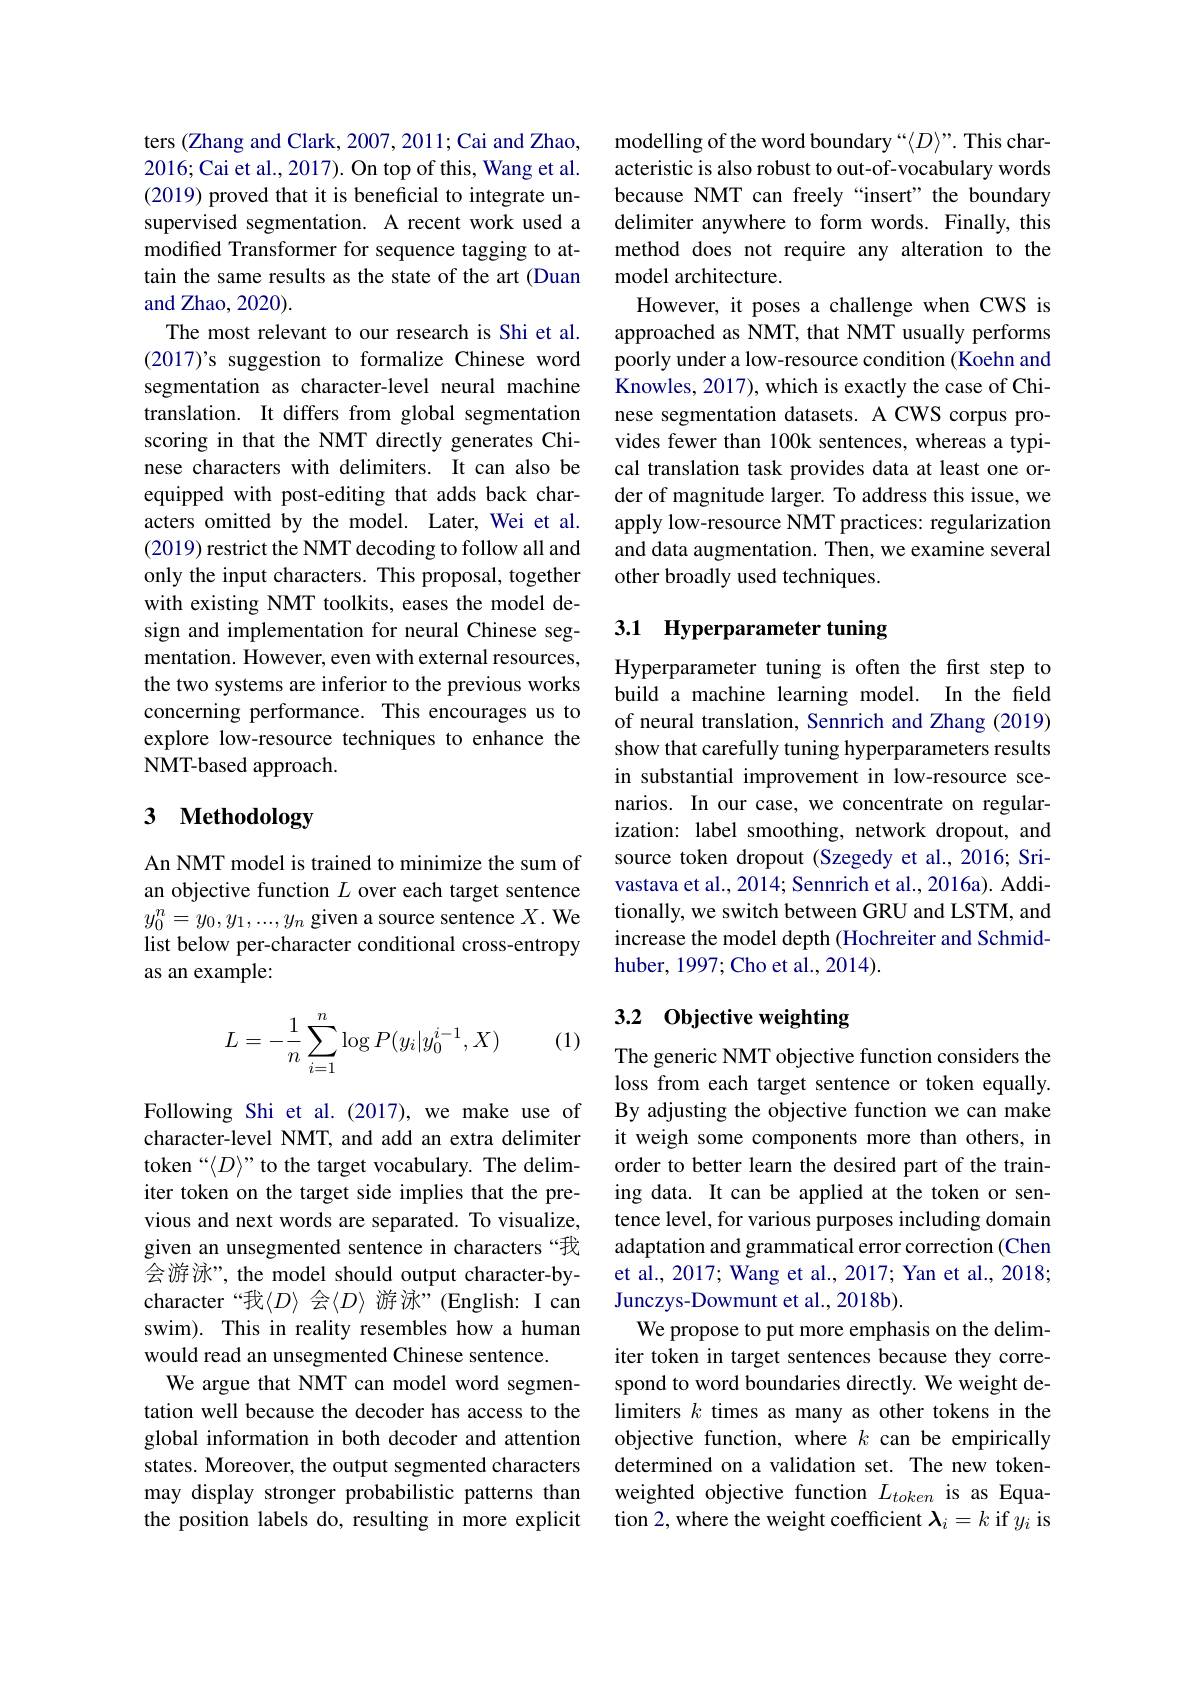
ters (Zhang and Clark, 2007, 2011; Cai and Zhao, 2016; Cai et al., 2017). On top of this, Wang et al. (2019) proved that it is beneficial to integrate unsupervised segmentation. A recent work used a modified Transformer for sequence tagging to attain the same results as the state of the art (Duan and Zhao, 2020).
The most relevant to our research is Shi et al. (2017)'s suggestion to formalize Chinese word segmentation as character-level neural machine translation. It differs from global segmentation scoring in that the NMT directly generates Chinese characters with delimiters. It can also be equipped with post-editing that adds back characters omitted by the model. Later, Wei et al. (2019) restrict the NMT decoding to follow all and only the input characters. This proposal, together with existing NMT toolkits, eases the model design and implementation for neural Chinese segmentation. However, even with external resources, the two systems are inferior to the previous works concerning performance. This encourages us to explore low-resource techniques to enhance the NMT-based approach.

# 3 Methodology

An NMT model is trained to minimize the sum of an objective function $L$ over each target sentence $y_0^n=y_0,y_1,...,y_n$ given a source sentence $X.$ We list below per-character conditional cross-entropy as an example:

(1)
$$\begin{aligned}L=-\frac{1}{n}\sum_{i=1}^{n}\log P(y_i|y_0^{i-1},X)\end{aligned}$$
Following Shi et al.(2017), we make use of character-level NMT, and add an extra delimiter $token“\langle D\rangle” to the target vocabulary. The delim-$ iter token on the target side implies that the previous and next words are separated. To visualize, given an unsegmented sentence in characters“我会游泳”, the model should output character-bycharacter“我$\langle D\rangle$ 会$\langle D\rangle$ 游泳”(English: I can swim). This in reality resembles how a human would read an unsegmented Chinese sentence.
We argue that NMT can model word segmentation well because the decoder has access to the global information in both decoder and attention states. Moreover, the output segmented characters may display stronger probabilistic patterns than the position labels do, resulting in more explicit

modelling of the word boundary “$\langle D\rangle^{”}.$ This characteristic is also robust to out-of-vocabulary words because NMT can freely“insert”the boundary delimiter anywhere to form words. Finally, this method does not require any alteration to the model architecture.
However, it poses a challenge when CWS is approached as NMT, that NMT usually performs poorly under a low-resource condition (Koehn and Knowles, 2017), which is exactly the case of Chinese segmentation datasets. A CWS corpus provides fewer than 100k sentences, whereas a typical translation task provides data at least one order of magnitude larger. To address this issue, we apply low-resource NMT practices: regularization and data augmentation. Then, we examine several other broadly used techniques.

## 3.1 Hyperparameter tuning

Hyperparameter tuning is often the frst step to build a machine learning model. In the field of neural translation, Sennrich and Zhang (2019) show that carefully tuning hyperparameters results in substantial improvement in low-resource scenarios. In our case, we concentrate on regularization: label smoothing, network dropout, and source token dropout (Szegedy et al.,2016; Srivastava et al., 2014; Sennrich et al., 2016a). Additionally, we switch between GRU and LSTM, and increase the model depth (Hochreiter and Schmidhuber, 1997; Cho et al., 2014).

## 3.2 Objective weighting

The generic NMT objective function considers the loss from each target sentence or token equally. By adjusting the objective function we can make it weigh some components more than others, in order to better learn the desired part of the training data. It can be applied at the token or sentence level, for various purposes including domain adaptation and grammatical error correction (Chen et al., 2017; Wang et al., 2017; Yan et al., 2018; Junczys-Dowmunt et al., 2018b).
We propose to put more emphasis on the delimiter token in target sentences because they correspond to word boundaries directly. We weight delimiters $k$ times as many as other tokens in the objective function, where $k$ can be empirically determined on a validation set. The new tokenweighted objective function $L_{token}$ is as Equation 2, where the weight coefficient $\lambda_i=k$ if $y_i$ is